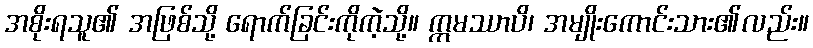
အစိုးရသူ၏ အဖြစ်သို့ ရောက်ခြင်းကိုကဲ့သို့။ ဣမဿာပိ၊ အမျိုးကောင်းသား၏လည်း။